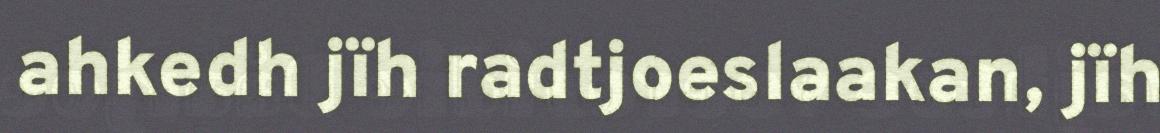
ahkedh jïh radtjoeslaakan, jïh